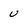
Character: u